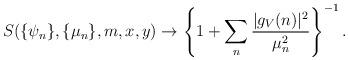
LaTeX: \begin{align*}S(\{\psi_n\},\{\mu_n\},m,x,y)\rightarrow \left\{1+\sum_n\frac{|g_V(n)|^2}{\mu_n^2}\right\}^{-1}.\end{align*}